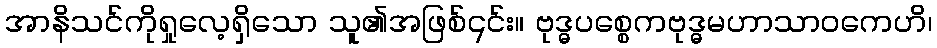
အာနိသင်ကိုရှုလေ့ရှိသော သူ၏အဖြစ်၎င်း။ ဗုဒ္ဓပစ္စေကဗုဒ္ဓမဟာသာဝကေဟိ၊